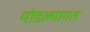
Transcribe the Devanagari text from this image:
मोडल्यागत